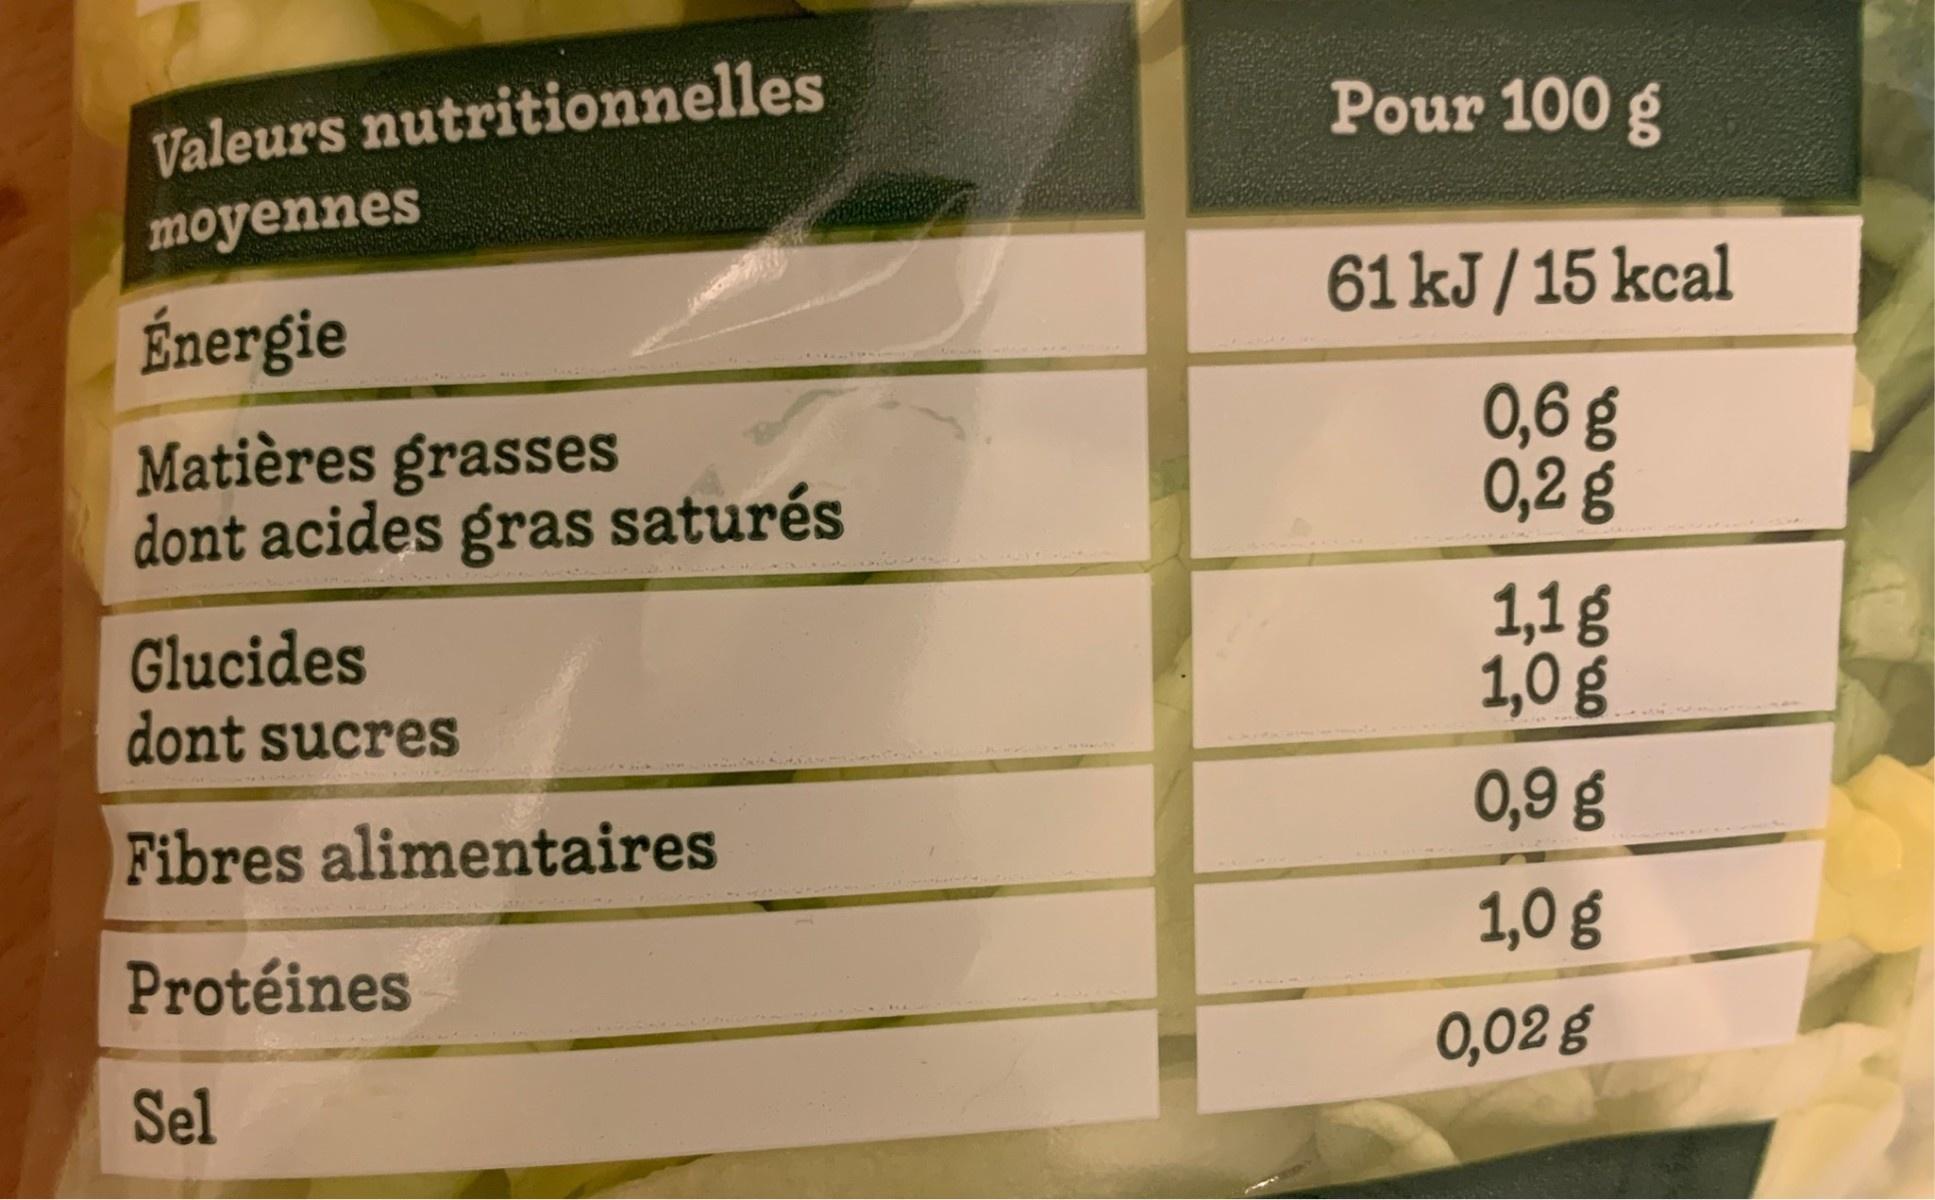
Valeurs nutritionnelles
Pour 100 g
moyennes
Énergie
61 kJ / 15 kcal
Matières grasses dont acides gras saturés
0,6 g 0,2 g
Glucides dont sucres
1,1g 1,0 g
Fibres alimentaires
0,9 g
1,0 g
Protéines
0,02 g
Sel